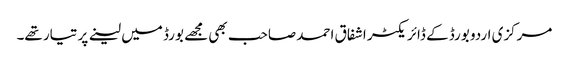
مرکزی اردو بورڈ کے ڈائریکٹر اشفاق احمد صاحب بھی مجھے بورڈ میں لینے پر تیار تھے۔